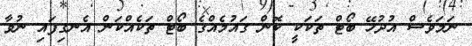
ނަމަވެސް އުދުހޭ ބޯޓް ތަކަކީ ކޮން ގައުމެއްގެ ބޯޓް ތަކެއްކަން އެނގިފައި ނުވާ